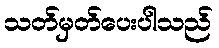
သတ်မှတ်ပေးပါသည်